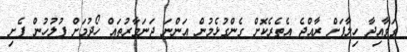
ގަވާއިދާ ހިލާފަށް ރާއްޖެ އެތެރެކޮށް ގެންގުޅެމުން އަންނަ ޖަނަވާރުތައް ހޯދުމަށް ފުލުހުން ފެށި